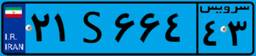
۶۳S۴۲۲۶۱